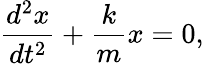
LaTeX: {\frac{d^{2}x}{dt^{2}}}+{\frac{k}{m}}x=0,